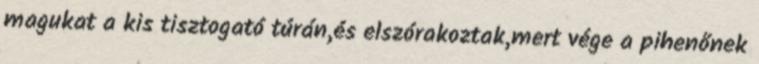
magukat a kis tisztogató túrán,és elszórakoztak,mert vége a pihenőnek